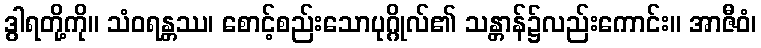
ဒွါရတို့ကို။ သံဝရန္တဿ၊ စောင့်စည်းသောပုဂ္ဂိုလ်၏ သန္တာန်၌လည်းကောင်း။ အာဇီဝံ၊